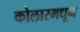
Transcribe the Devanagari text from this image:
कोलारमधून